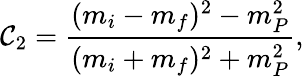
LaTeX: \mathcal{C}_{2}=\frac{{(m_{i}-m_{f})^{2}-m_{P}^{2}}}{{(m_{i}+m_{f})^{2}+m_{P}^{2}}},